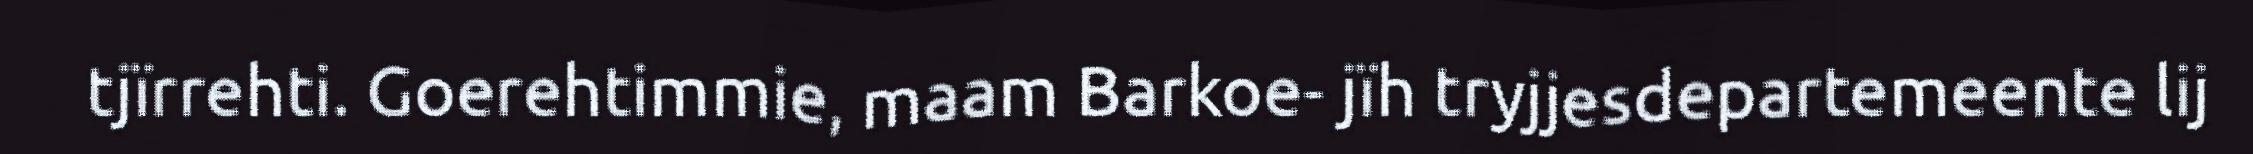
tjïrrehti. Goerehtimmie, maam Barkoe- jïh tryjjesdepartemeente lij